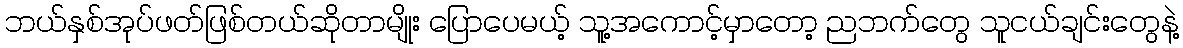
ဘယ်နှစ်အုပ်ဖတ်ဖြစ်တယ်ဆိုတာမျိုး ပြောပေမယ့် သူ့အကောင့်မှာတော့ ညဘက်တွေ သူငယ်ချင်းတွေနဲ့